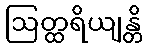
ဩတ္ထရိယျန္တိ